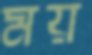
ময়